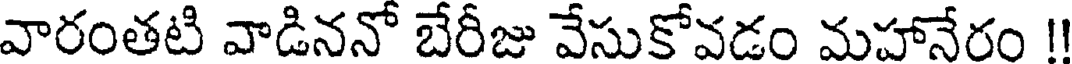
వారంతటి వాడిననో బేరీజు వేసుకోవడం మహానేరం !